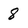
Character: 8